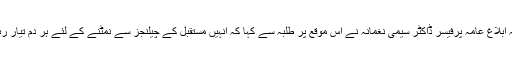
صدر شعبہ ابلاغ عامہ پرفیسر ڈاکٹر سیمی نغمانہ نے اس موقع پر طلبہ سے کہا کہ انہیں مستقبل کے چیلنجز سے نمٹنے کے لئے ہر دم تیار رہنا چاہیئے۔